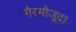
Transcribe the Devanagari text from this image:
गैरमौजूदा